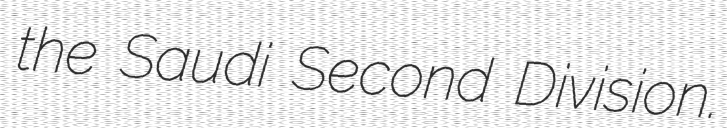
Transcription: the Saudi Second Division.